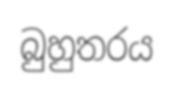
බුහුතරය